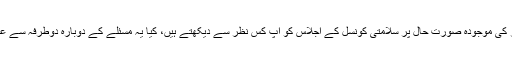
فرائیڈے اسپیشل: کشمیر کی موجودہ صورتِ حال پر سلامتی کونسل کے اجلاس کو آپ کس نظر سے دیکھتے ہیں، کیا یہ مسئلے کے دوبارہ دوطرفہ سے عالمی بننے کا آغاز ہے؟